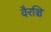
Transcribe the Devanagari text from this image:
वैरञ्चि